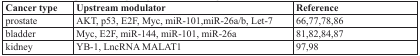
| Cancer type | Upstream modulator | Reference |
 | --- | --- | --- |
 | prostate | AKT, p53, E2F, Myc, miR-101,miR-26a/b, Let-7 | 66,77,78,86 |
 | bladder | Myc, E2F, miR-144, miR-101, miR-26a | 81,82,84,87 |
 | kidney | YB-1, LncRNA MALAT1 | 97,98 |